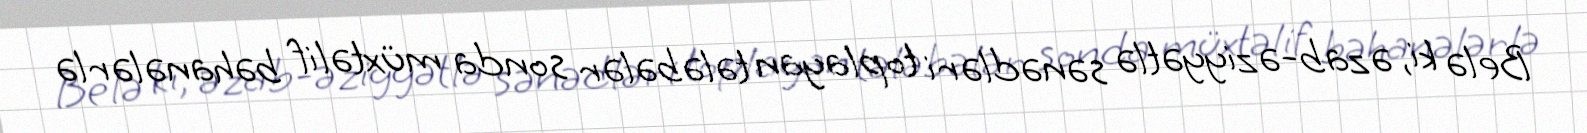
Belə ki, əzab-əziyyətlə sənədləri toplayan tələbələr sonda müxtəlif bəhanələrlə